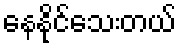
နေနိုင်သေးတယ်